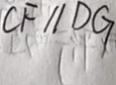
C F / / D G